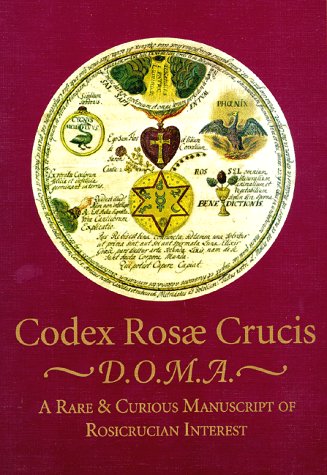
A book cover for Codex Rosae Crucis, D.O.M.A. A Rare & Curious Manuscript of Rosicrucian Interest.; Manly P. Hall; Religion & Spirituality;